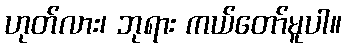
ဟုတ်လား၊ ဘုရား ကယ်တော်မူပါ။